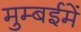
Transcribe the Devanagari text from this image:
मुम्बईमें